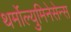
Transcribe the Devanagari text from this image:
थर्मोल्युमिनेसेन्स